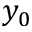
y _ { 0 }